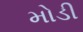
મોડી